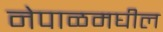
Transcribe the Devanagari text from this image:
नेपाळमघील